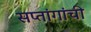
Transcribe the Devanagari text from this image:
सप्तांगांची